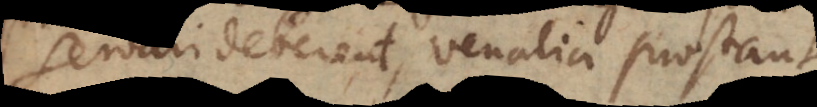
servari deberent, venalia prostant